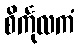
စိင်္ကုလကံ